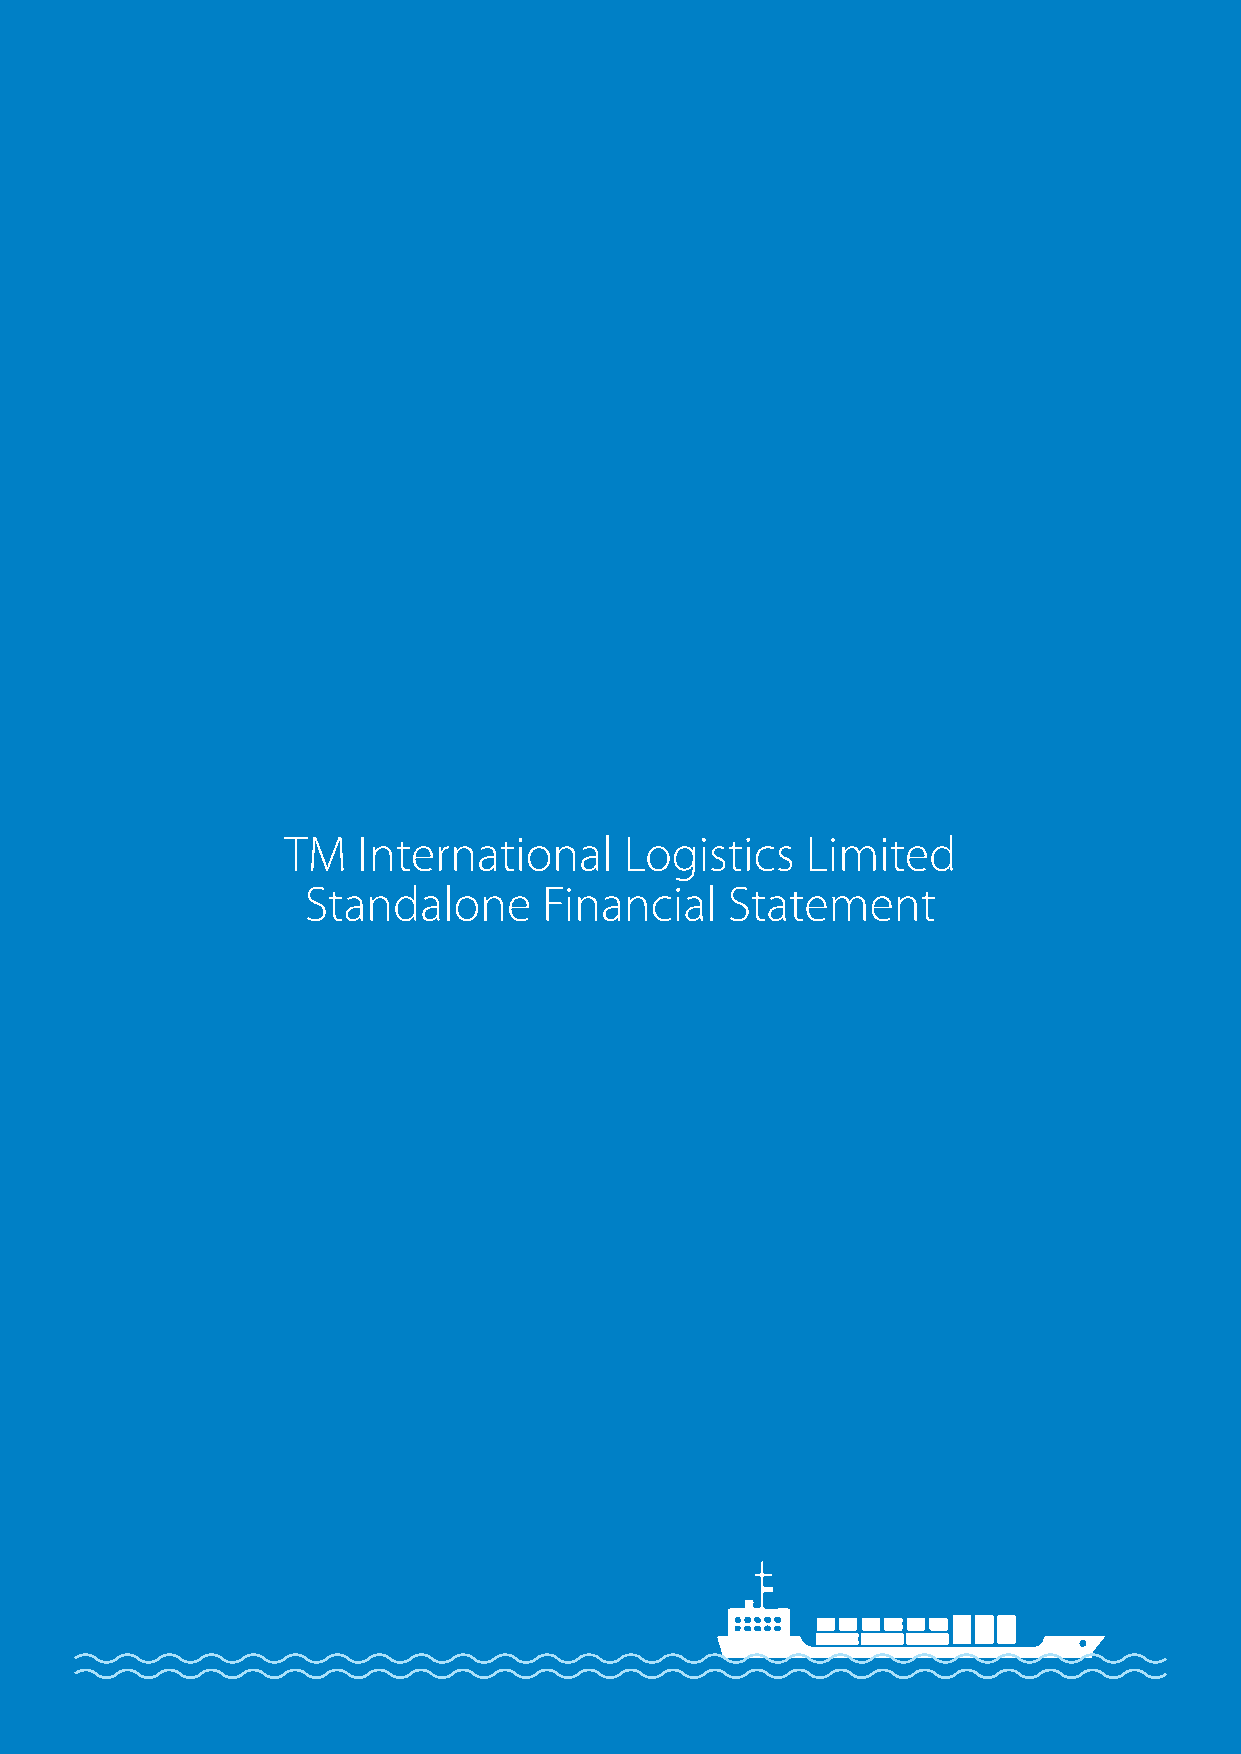
TMILL Group of Companies
 TM   International    Logistics   Limited
 Standalone      Financial   Statement
 Annual Report 2020-21 | 57